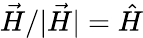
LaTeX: \vec{H}/|\vec{H}|=\hat{H}